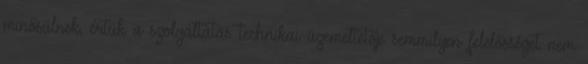
minősülnek, értük a szolgáltatás technikai üzemeltetője semmilyen felelősséget nem